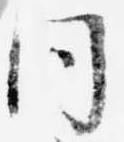
同